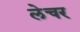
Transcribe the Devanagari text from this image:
लेचर